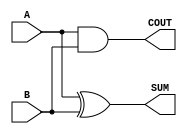
module parameterized_half_adder #(parameter WIDTH = 1) (
    input  wire [WIDTH-1:0] A,      // First operand
    input  wire [WIDTH-1:0] B,      // Second operand
    output wire [WIDTH-1:0] SUM,     // Sum output
    output wire COUT                 // Carry-out
);

    // Calculate the SUM as the bitwise XOR of A and B
    assign SUM = A ^ B;

    // Calculate the COUT as the bitwise OR of the AND results of each bit
    assign COUT = |(A & B);

endmodule